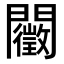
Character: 𨷣